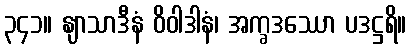
၃၄၁။ နျာသာဒီနံ ဝိဝါဒါနံ၊ အက္ခဒဿော ပဒဋ္ဌရိ။